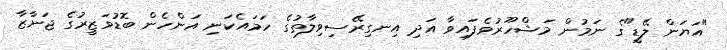
"އަޔަން ލޭޑީ"ގެ ނަމުން މަޝްހޫރުވެފައިވާ އަދި އިނގިރޭސިވިލާތުގެ ހަމައެކަނި އަންހެން ބޮޑުވަޒީރުގެ ޖަނާޒާ